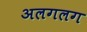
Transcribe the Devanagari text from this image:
अलगलग